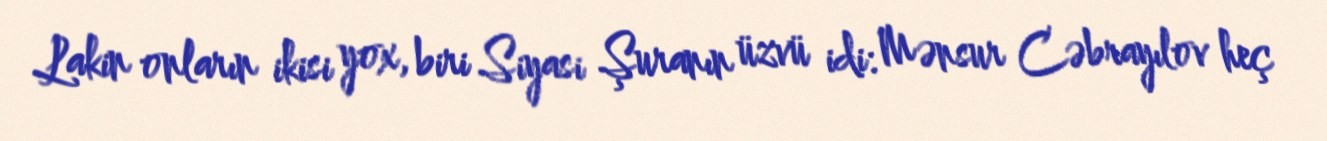
Lakin onların ikisi yox, biri Siyasi Şuranın üzvü idi: Mənsur Cəbrayılov heç